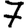
Digit: 7